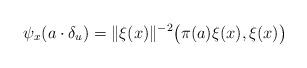
LaTeX: \begin{align*}\psi_x(a\cdot\delta_u)=\|\xi(x)\|^{-2}\big(\pi(a)\xi(x),\xi(x)\big)\end{align*}